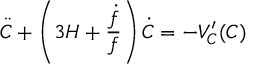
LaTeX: \ddot { C } + \left( 3 H + \frac { \dot { f } } { f } \right) \dot { C } = - V _ { C } ^ { \prime } ( C )